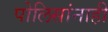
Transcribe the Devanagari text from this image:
पोलिसांनाही